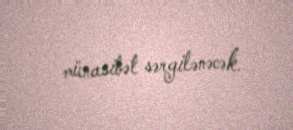
münasibət sərgilənəcək.